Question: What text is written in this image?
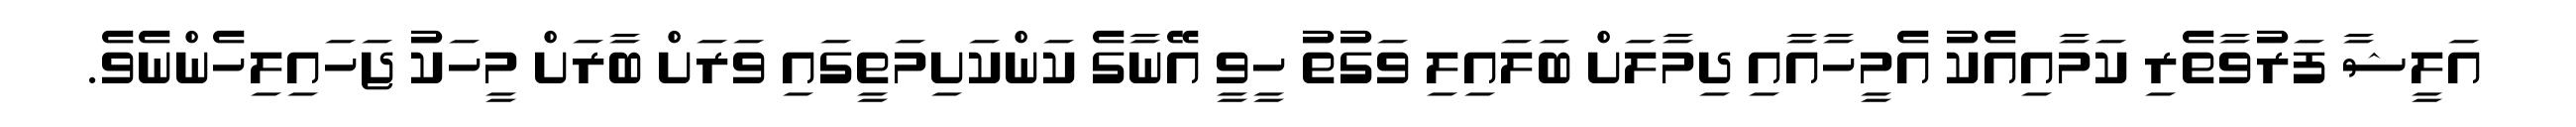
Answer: އަލީޝާ ފަރުވާތެރި ކަމާއިއެކު އެމީހާއާއި ދިމާލަށް ބަލައިލި ވަގުތު ހީވީ އޭނާގެ ކަންކަށިމަތީގައި ވަރަށް ބާރަށް މީހަކު ޖަހައިލިހެންނެވެ.